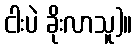
ငါးပဲ ခိုးလာသူ)။